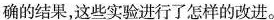
确的结果，这些实验进行了怎样的改进。